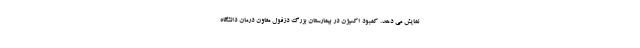
نمایش می دهد. کمبود اکسیژن در بیمارستان بزرگ دزفول معاون درمان دانشگاه